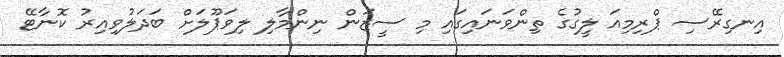
އިނގިރޭސި ޕްރިމިއަ ލީގުގެ ތިންވަނައިގައި މި ސީޒަން ނިންމާލި ލިވަޕޫލަށް ބަދަލުވިއިރު ކޮނާޓޭ